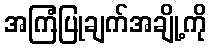
အကြံပြုချက်အချို့ကို